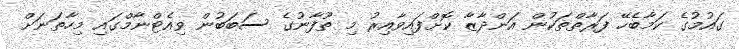
ގައުމުގެ ކަމާބެހޭ ފަރާތްތަކުން އަންދާޒާ ކޮށްފައިވާއިރު މި ތޫފާނުގެ ސަބަބުން ވިއެޓްނާމްގައި މިހާތަނަށް